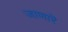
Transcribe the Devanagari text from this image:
जाणारॆ